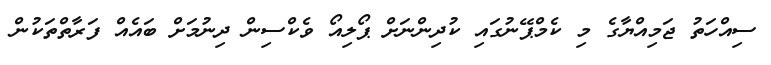
ސިއްހަތު ޖަމިއްޔާގެ މި ކެމްޕޭނުގައި ކުދިންނަށް ޕޯލިއޯ ވެކްސިން ދިނުމަށް ބައެއް ފަރާތްތަކުން